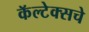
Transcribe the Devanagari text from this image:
कॅल्टेक्सचे